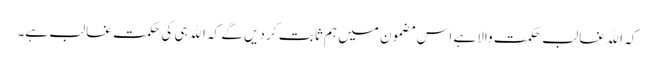
کہ اﷲ غالب حکمت والا ہے اس مضمون میں ہم ثا بت کر دیں گے کہ اﷲ ہی کی حکمت غالب ہے۔